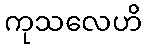
ကုသလေဟိ